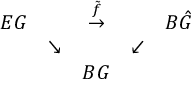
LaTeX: \begin{array} { c c c c c } { { E G } } & { { } } & { { \stackrel { \tilde { f } } { \rightarrow } } } & { { } } & { { B \hat { G } } } \\ { { } } & { { \searrow } } & { { } } & { { \swarrow } } & { { } } \\ { { } } & { { } } & { { B G } } & { { } } & { { } } \end{array}